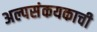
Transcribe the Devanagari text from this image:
अल्पसंकयकाची